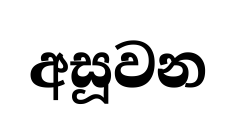
අසූවන